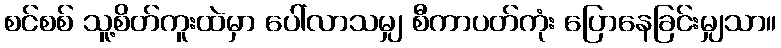
စင်စစ် သူ့စိတ်ကူးထဲမှာ ပေါ်လာသမျှ စီကာပတ်ကုံး ပြောနေခြင်းမျှသာ။